Annual administration report of the Bombay Presidency - 1887-1892
Year: 1887
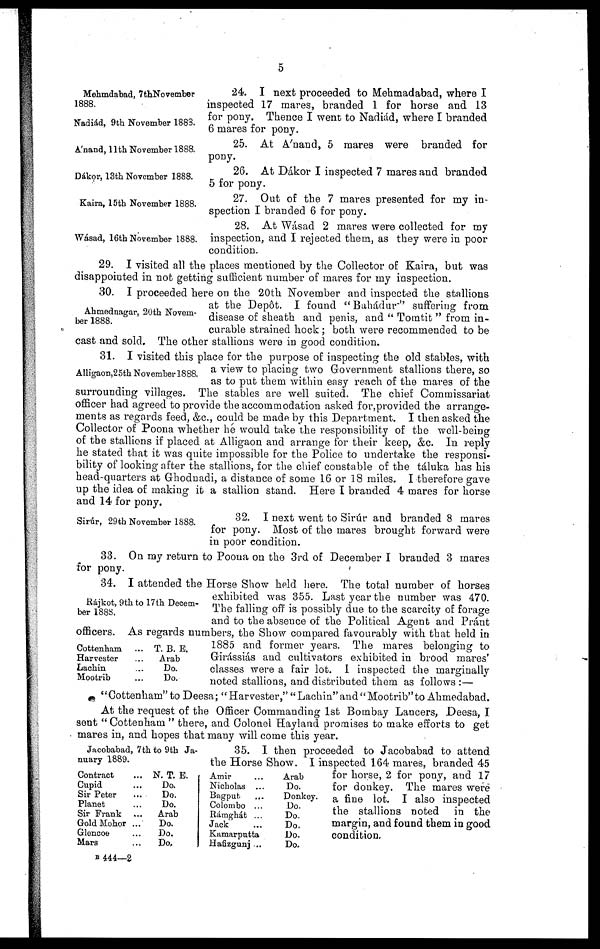
5
Mehmdabad, 7thNovember
1888.
Nadiád, 9th November 1883.
24. I next proceeded to Mehmadabad, where I
inspected 17 mares, branded 1 for horse and 13
for pony. Thence I went to Nadiád, where I branded
6 mares for pony.
A'nand, 11th November 1888.
25. At A'nand, 5 mares were branded for
pony.
Dákor, 13th November 1888.
26. At Dákor I inspected 7 mares and branded
5 for pony.
Kaira, 15th November 1888.
27. Out of the 7 mares presented for my in-
spection I branded 6 for pony.
Wásad, 16th November 1888.
28. At Wásad 2 mares were collected for my
inspection, and I rejected them, as they were in poor
condition.
29. I visited all the places mentioned by the Collector of Kaira, but was
disappointed in not getting sufficient number of mares for my inspection.
Ahmednagar, 20th Novem-
ber 1888.
30. I proceeded here on the 20th November and inspected the stallions
at the Depôt. I found " Bahádur" suffering from
disease of sheath and penis, and " Tomtit " from in-
curable strained hock ; both were recommended to be
cast and sold. The other stallions were in good condition.
Alligaon,25th November1888.
31. I visited this place for the purpose of inspecting the old stables, with
a view to placing two Government stallions there, so
as to put them within easy reach of the mares of the
surrounding villages. The stables are well suited. The chief Commissariat
officer had agreed to provide the accommodation asked for,provided the arrange-
ments as regards feed, &c., could be made by this Department. I then asked the
Collector of Poona whether he would take the responsibility of the well-being
of the stallions if placed at Alligaon and arrange for their keep, &c. In reply
he stated that it was quite impossible for the Police to undertake the responsi-
bility of looking after the stallions, for the chief constable of the táluka has his
head-quarters at Ghodnadi, a distance of some 16 or 18 miles. I therefore gave
up the idea of making it a stallion stand. Here I branded 4 mares for horse
and 14 for pony.
Sirúr, 29th November 1888.
32. I next went to Sirúr and branded 8 mares
for pony. Most of the mares brought forward were
in poor condition.
33. On my return to Poona on the 3rd of December I branded 3 mares
for pony.
Rájkot, 9th to 17th Decem-
ber 1888.
34. I attended the Horse Show held here. The total number of horses
exhibited was 355. Last year the number was 470.
The falling off is possibly due to the scarcity of forage
and to the absence of the Political Agent and Pránt
officers. As regards numbers, the Show compared favourably with that held in
1885 and former years. The mares belonging to
Girássiás and cultivators exhibited in brood mares'
classes were a fair lot. I inspected the marginally
noted stallions, and distributed them as follows :—
Cottenham
Harvester
Lachin
Mootrib
...
...
...
...
T. B. E.
Arab
Do.
Do.
"Cottenham" to Deesa; "Harvester," "Lachin" and "Mootrib" to Ahmedabad.
At the request of the Officer Commanding 1st Bombay Lancers, Deesa, I
sent "Cottenham " there, and Colonel Hayland promises to make efforts to get
mares in, and hopes that many will come this year.
Jacobabad, 7th to 9th Ja-
nuary 1889.
35. I then proceeded to Jacobabad to attend
the Horse Show. I inspected 164 mares, branded 45
for horse, 2 for pony, and 17
for donkey. The mares were
a fine lot. I also inspected
the stallions noted in the
margin, and found them in good
condition.
Contract
Cupid
Sir Peter
Planet
Sir Frank
Gold Mohor
Glencoe
Mars
...
...
...
...
...
...
...
...
N. T. E.
Do.
Do.
Do.
Arab
Do.
Do.
Do.
Amir ...
Nicholas ...
Bagput ...
Colombo ...
Rámghát ...
Jack ...
Kamarputta
Hafizgunj ...
Arab
Do.
Donkey.
Do.
Do.
Do.
Do.
Do.
B 444—2